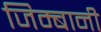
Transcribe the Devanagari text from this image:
जिम्बानी